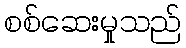
စစ်ဆေးမှုသည်